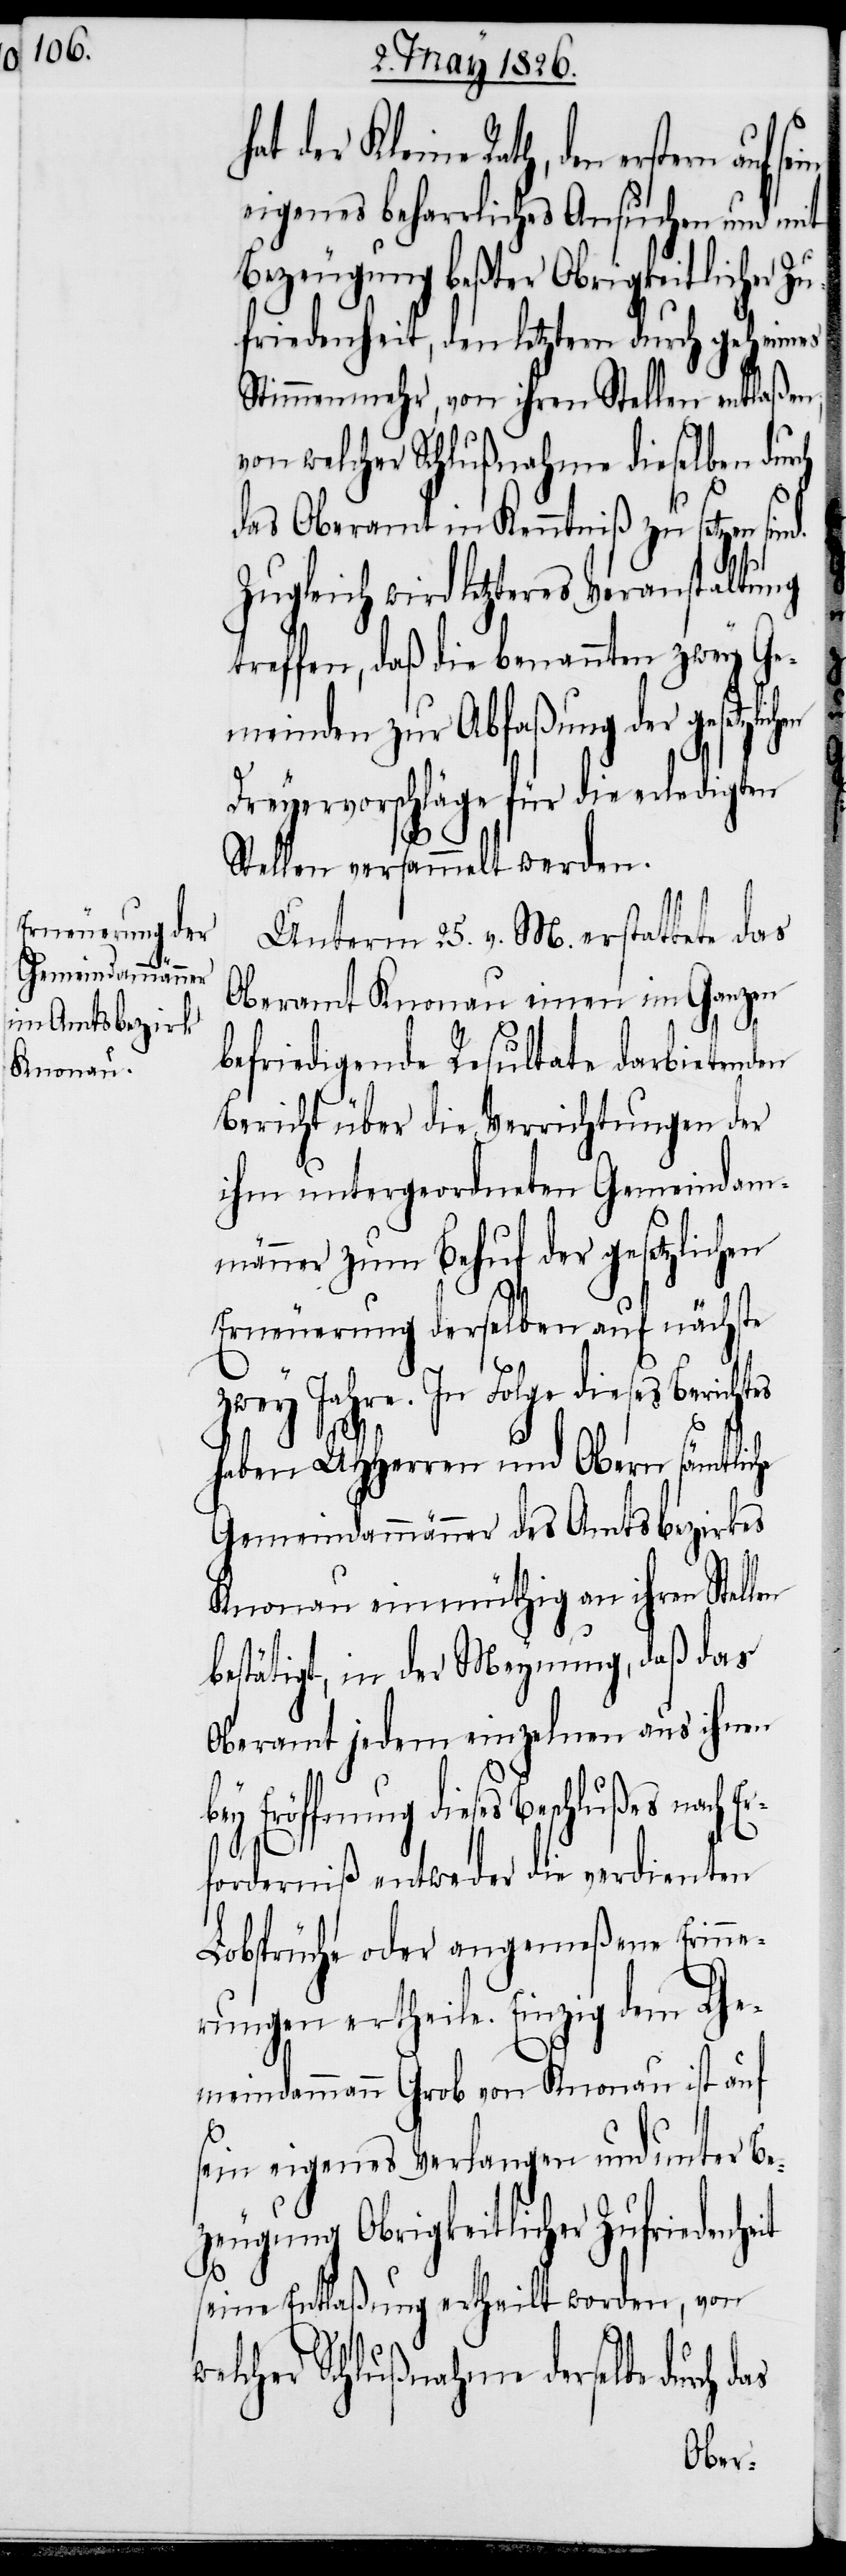
der Kleine Rath, den erstern
eigenes beharrliches Ansuchen und mit
Bezeugung beßter Obrigkeitlicher Z¬
ufriedenheit, den letztern durch geheimes
Stimmenmehr, von ihren Stellen entlaßen,
von welcher Schlußnahme dieselben dur¬
das Oberamt in Kenntniß zu setzen sin¬
Zugleich wird letzteres Veranstaltung
treffen, daß die benannten zwey Ge¬
meinden zur Abfaßung der gesetzlic¬
Dreyervorschläge für die erledigten
it
Stellen versammelt werden.
Unterm 25 v. M. erstattete das
Oberamt Knonau einen im Ganzen
befriedigende Resultate darbietenden
Bericht über die Verrichtungen der
ihm untergeordneten Gemeindam¬
männer zum Behuf der gesetzlichen
Erneuerung derselben auf nächste
zwey Jahre. In Folge dieses Berichtes
as
haben UHHerren und Obern sämtliche
Gemeindammänner des Amtsbezirks
Knonau einmüthig an ihren Stell¬
bestätigt, in der Meynung, daß das
Oberamt jedem einzelnen aus ihnen
bey Eröffnung dieses Beschlußes nach Er¬
forderniß entweder die verdienten
Lobsprüche oder angemeßenen Erinn¬
erungen ertheile. Einzig dem Ge¬
meindammann Grob von Knonau ist auf
sein eigenes Verlangen und unter Be¬
zeugung Obrigkeitlicher Zufriedenhe¬
seine Entlaßung ertheilt worden, von
welcher Schlußnahme derselbe durch d¬